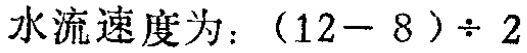
水流速度为：\((12 - 8)\div 2\)